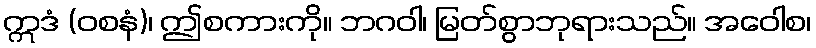
ဣဒံ (ဝစနံ)၊ ဤစကားကို။ ဘဂဝါ၊ မြတ်စွာဘုရားသည်။ အဝေါစ၊